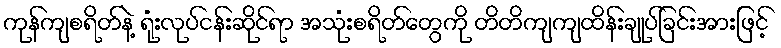
ကုန်ကျစရိတ်နဲ့ ရုံးလုပ်ငန်းဆိုင်ရာ အသုံးစရိတ်တွေကို တိတိကျကျထိန်းချုပ်ခြင်းအားဖြင့်